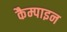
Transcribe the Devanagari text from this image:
कैम्पाइन